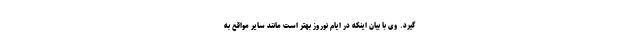
گیرد. وی با بیان اینکه در ایام نوروز بهتر است مانند سایر مواقع به